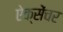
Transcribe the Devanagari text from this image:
ऐक्सेंचर